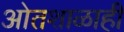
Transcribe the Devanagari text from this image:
ओतशाळाही